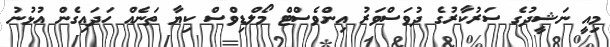
މިއީ ނަޝީދުގެ ސަރުކާރުގެ ދުވަސްވަރު އިންވެސްޓް މޯލްޑިވްސް ކިޔާ ތަނެއް ހަދައިގެން އުޅުނު